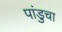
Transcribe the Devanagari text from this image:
पांडुचा